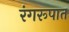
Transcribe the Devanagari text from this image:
रंगरूपात